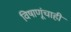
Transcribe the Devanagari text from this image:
विषाणूंचाही